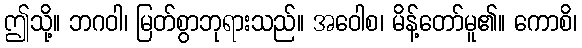
ဤသို့။ ဘဂဝါ၊ မြတ်စွာဘုရားသည်။ အဝေါစ၊ မိန့်တော်မူ၏။ ကောစိ၊